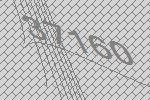
37160